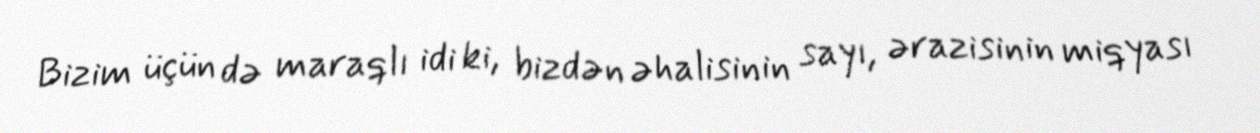
Bizim üçün də maraqlı idi ki, bizdən əhalisinin sayı, ərazisinin miqyası